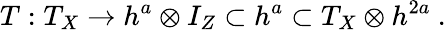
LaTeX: T:T_{X}\to h^{a}\otimes I_{Z}\subset h^{a}\subset T_{X}\otimes h^{2a}\ .